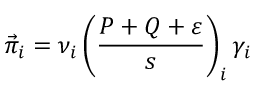
\vec { \pi } _ { i } = \nu _ { i } \left( \frac { P + Q + \varepsilon } { s } \right) _ { i } \gamma _ { i }